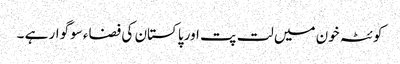
کوئٹہ خون میں لت پت اور پاکستان کی فضاء سوگوار ہے ۔